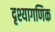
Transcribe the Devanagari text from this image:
दृश्यागणिक